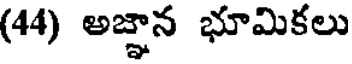
(44) అజ్ఞాన భూమికలు